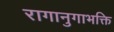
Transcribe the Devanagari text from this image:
रागानुगाभक्ति